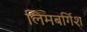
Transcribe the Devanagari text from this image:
लिमबर्गिश